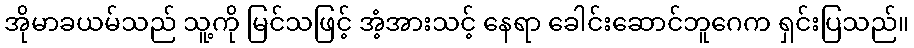
အိုမာခယမ်သည် သူ့ကို မြင်သဖြင့် အံ့အားသင့် နေရာ ခေါင်းဆောင်ဘူဂေက ရှင်းပြသည်။